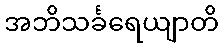
အဘိသင်္ခရေယျာတိ